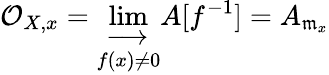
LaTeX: {\mathcal{O}}_{X,x}=\varinjlim_{f(x)\neq 0}A[f^{-1}]=A_{{\mathfrak{m}}_{x}}